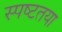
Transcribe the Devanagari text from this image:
स्‍पष्‍टतया